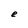
Character: e